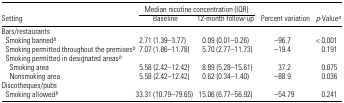
<table><thead><tr><td></td><td colspan="2"><b>Median nicotine concentration (IQR)</b></td><td></td><td></td></tr><tr><td><b>Setting</b></td><td><b>Baseline</b></td><td><b>12-month follow-up</b></td><td><b>Percent variation</b></td><td><b><i>p</i>-Valuea</b></td></tr></thead><tbody><tr><td colspan="5">Bars/restaurants</td></tr><tr><td> Smoking bannedb</td><td>2.71 (1.39–3.77)</td><td>0.09 (0.01–0.26)</td><td>−96.7</td><td>&lt; 0.001</td></tr><tr><td> Smoking permitted throughout the premisesb</td><td>7.07 (1.86–11.78)</td><td>5.70 (2.77–11.73)</td><td>−19.4</td><td>0.191</td></tr><tr><td colspan="5"> Smoking permitted in designated areasb</td></tr><tr><td>Smoking area</td><td>5.58 (2.42–12.42)</td><td>8.89 (5.28–15.61)</td><td>37.2</td><td>0.075</td></tr><tr><td>Nonsmoking area</td><td>5.58 (2.42–12.42)</td><td>0.62 (0.34–1.40)</td><td>−88.9</td><td>0.036</td></tr><tr><td colspan="5">Discotheques/pubs</td></tr><tr><td> Smoking allowedb</td><td>33.31 (10.79–79.65)</td><td>15.06 (6.77–56.92)</td><td>−54.79</td><td>0.241</td></tr></tbody></table>